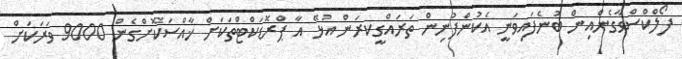
ފޯލްކްސްވާގެންއިން ބުނެފައިވަނީ އެކުންފުނިން ތަރައްގީކރަން އުޅޭ އާ ޕްރޮޑަކްޓްތަކަށް ޚާއްސަކޮށްގެން 9000 ވަރަކަށް